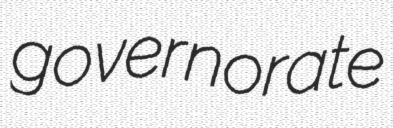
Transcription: governorate